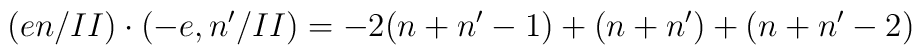
(en/II)\cdot(-e,n'/II)=-2(n+n'-1)+(n+n')+(n+n'-2)